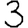
Digit: 3